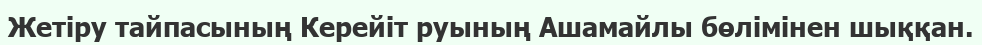
Жетіру тайпасының Керейіт руының Ашамайлы бөлімінен шыққан.